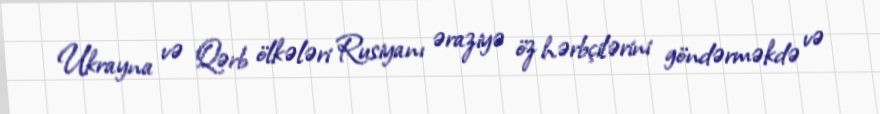
Ukrayna və Qərb ölkələri Rusiyanı əraziyə öz hərbçilərini göndərməkdə və